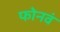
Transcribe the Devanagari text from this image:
फोनवं